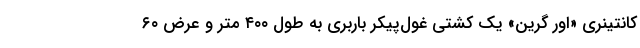
کانتینری «اور گرین» یک کشتی غول‌پیکر باربری به طول ۴۰۰ متر و عرض ۶۰